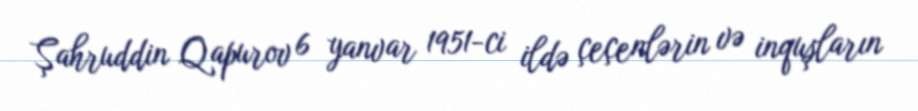
Şahruddin Qapurov 6 yanvar 1951-ci ildə çeçenlərin və inquşların